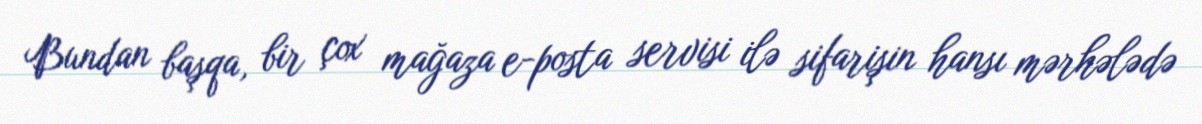
Bundan başqa, bir çox mağaza e-posta servisi ilə sifarişin hansı mərhələdə